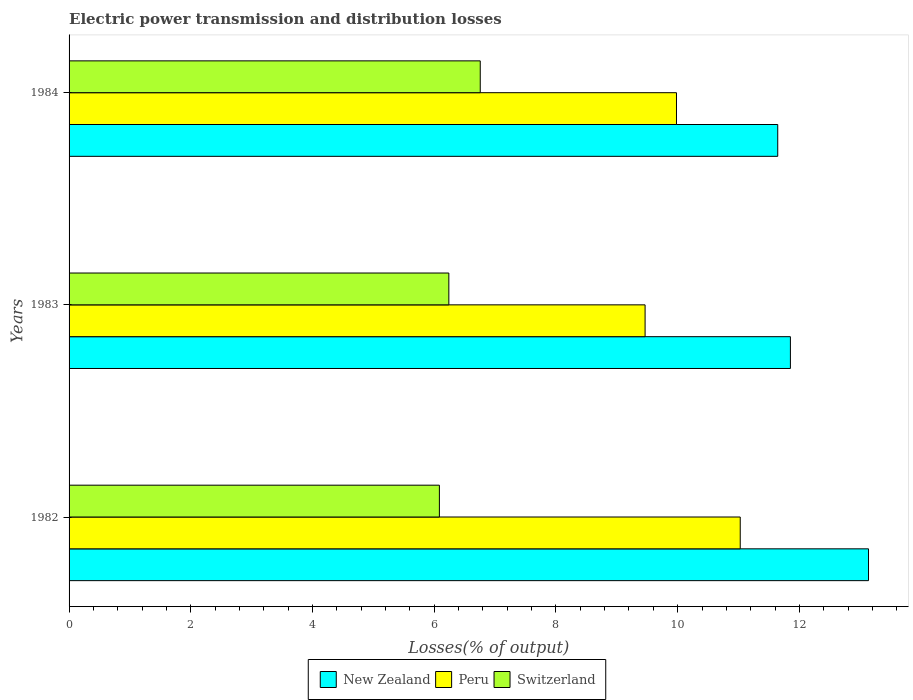
| Years | New Zealand | Peru | Switzerland |
 | --- | --- | --- | --- |
 | 1982 | 13.1 | 11 | 6.08 |
 | 1983 | 11.9 | 9.46 | 6.24 |
 | 1984 | 11.6 | 9.98 | 6.76 |